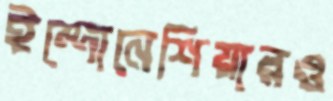
ইন্দোনেশিয়ারও